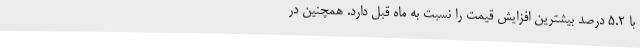
با ٥.٢ درصد بیشترین افزایش قیمت را نسبت به ماه قبل دارد. همچنین در